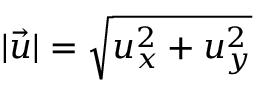
\lvert \vec { u } \rvert = \sqrt { u _ { x } ^ { 2 } + u _ { y } ^ { 2 } }